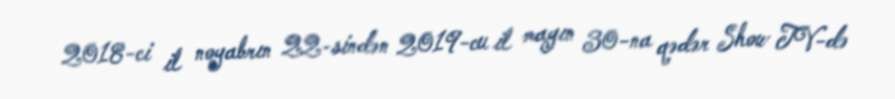
2018-ci il noyabrın 22-sindən 2019-cu il mayın 30-na qədər Show TV-də